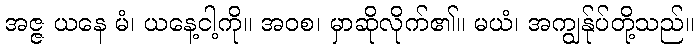
အဇ္ဇ ယနေ မံ၊ ယနေ့ငါ့ကို။ အဝစ၊ မှာဆိုလိုက်၏။ မယံ၊ အကျွန်ုပ်တို့သည်။